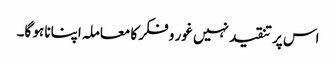
اس پر تنقید نہیں غور و فکر کا معاملہ اپنانا ہو گا۔